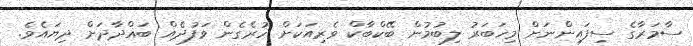
ސާމަރާގެ ސިފައިންނަށް މިޚަބަރު ލިބުމުން ބޭކްބާކް ވެރިއަކަށް ހުރެގެން ވަފުދެއް ބަޣްދާދަށް ދިޔައެވެ.